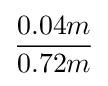
{\dfrac {0.04m}{0.72m}}